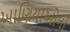
ખાણિયાઓની